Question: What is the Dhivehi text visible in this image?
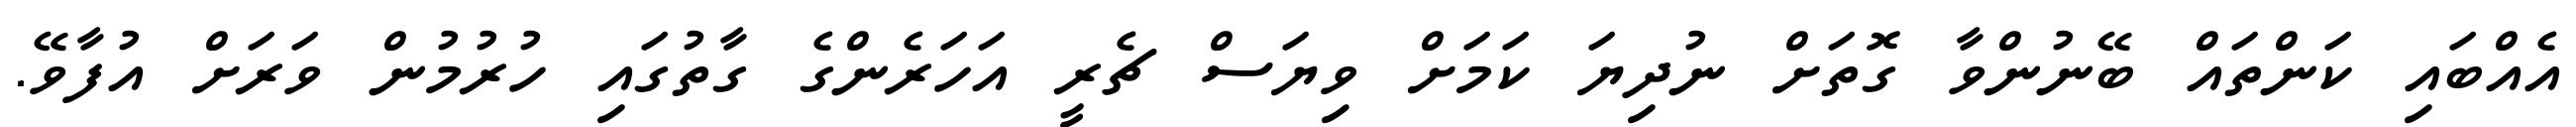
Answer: އެއްބައި ކަންތައް ބޭނުންވާ ގޮތަށް ނުދިޔަ ކަމަށް ވިޔަސް ޗެރީ އަހަރެންގެ ގާތުގައި ހުރުމުން ވަރަށް އުފާވޭ.